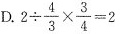
D.$$2 \div \frac{4}{3} \times \frac{3}{4}=2$$